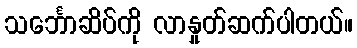
သင်္ဘောဆိပ်ကို လာနှုတ်ဆက်ပါတယ်။